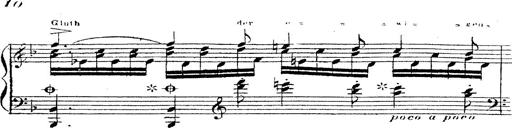
Title: 12 Lieder von Franz Schubert
Composer: Franz Liszt